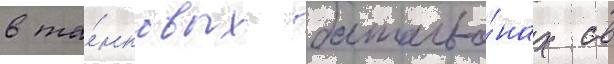
в та́нковых батальо́нах св